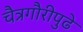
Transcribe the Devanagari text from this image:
चैत्रगौरीपुढे